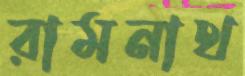
রামনাথ